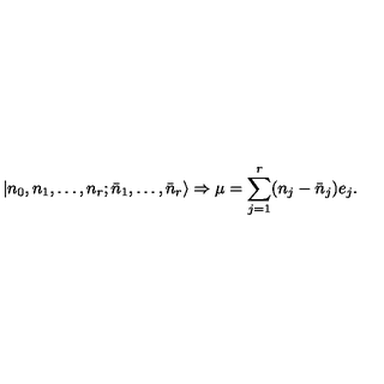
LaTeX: | n _ { 0 } , n _ { 1 } , \ldots , n _ { r } ; \bar { n } _ { 1 } , \ldots , \bar { n } _ { r } \rangle \Rightarrow \mu = \sum _ { j = 1 } ^ { r } ( n _ { j } - \bar { n } _ { j } ) e _ { j } .